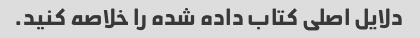
دلایل اصلی کتاب داده شده را خلاصه کنید.